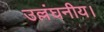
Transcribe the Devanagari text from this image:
उल्लंघनीय।